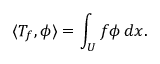
\langle T _ { f } , \phi \rangle = \int _ { U } f \phi \, d x .